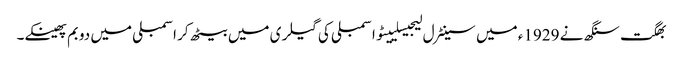
بھگت سنگھ نے 1929ء میں سینٹرل لیجیسلییٹو اسمبلی کی گیلری میں بیٹھ کر اسمبلی میں دو بم پھینکے۔